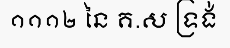
១១១២ នៃ គ.ស ទ្រង់